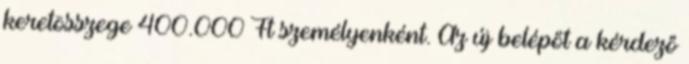
keretösszege 400.000 Ft személyenként. Az új belépőt a kérdező